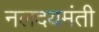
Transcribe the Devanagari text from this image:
नलदयमंती